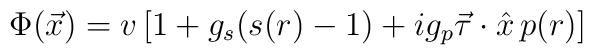
\Phi(\vec{x})=v\left[1+g_s(s(r)-1)+    ig_p\vec{\tau}\cdot\hat{x}\, p(r)\right]